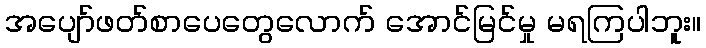
အပျော်ဖတ်စာပေတွေလောက် အောင်မြင်မှု မရကြပါဘူး။